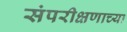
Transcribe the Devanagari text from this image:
संपरीक्षणाच्या